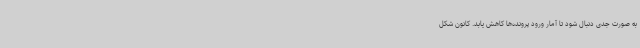
به صورت جدی دنبال شود تا آمار ورود پرونده‌ها کاهش یابد. کانون شکل